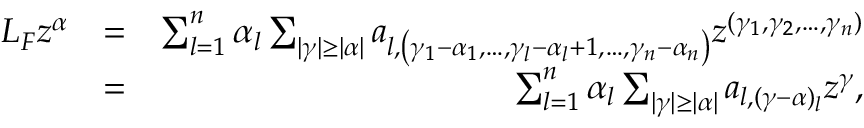
\begin{array} { r l r } { L _ { F } z ^ { \alpha } } & { = } & { \sum _ { l = 1 } ^ { n } \alpha _ { l } \sum _ { | \gamma | \geq | \alpha | } a _ { l , \left( \gamma _ { 1 } - \alpha _ { 1 } , \dots , \gamma _ { l } - \alpha _ { l } + 1 , \dots , \gamma _ { n } - \alpha _ { n } \right) } z ^ { ( \gamma _ { 1 } , \gamma _ { 2 } , \dots , \gamma _ { n } ) } } \\ & { = } & { \sum _ { l = 1 } ^ { n } \alpha _ { l } \sum _ { | \gamma | \geq | \alpha | } a _ { l , ( \gamma - \alpha ) _ { l } } z ^ { \gamma } , } \end{array}